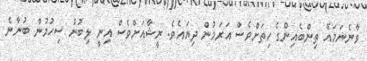
ވާނެނަމައޭ ތިންބެއިންގެ ހިތަށްވެސް އަރަމުން ދިޔައެވެ. ރީޝާއަށްވެސް އިނީ ލިބުނު ސިހުމުން ބުނާނެ